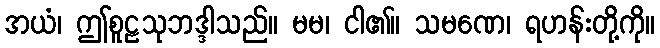
အယံ၊ ဤစူဠသုဘဒ္ဒါသည်။ မမ၊ ငါ၏။ သမဏေ၊ ရဟန်းတို့ကို။